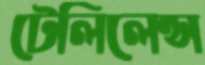
টেলিলেন্স